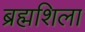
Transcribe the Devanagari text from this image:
ब्रह्मशिला